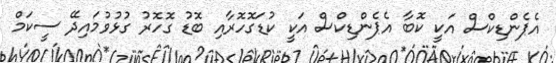
އެޕެންޑިކްސް އަކީ ކޮބާ އެޕެންޑިކްސް އަކީ ކުޑަގޮހޮރާއި ބޮޑު ގޮހޮރު ގުޅުވުމައިދޭ ސީކަމް